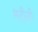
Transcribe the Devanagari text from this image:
मटीली